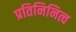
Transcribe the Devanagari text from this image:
प्रतिनिनित्व